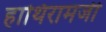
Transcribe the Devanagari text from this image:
हाथिरामजी